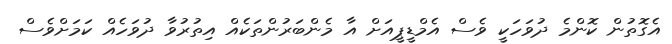
އެގޮތުން ކޮންމެ ދުވަހަކީ ވެސް އެމްޑީޕީއަށް އާ މެންބަރުންތަކެއް އިތުރުވާ ދުވަހެއް ކަމަށްވެސް